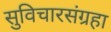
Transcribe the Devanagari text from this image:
सुविचारसंग्रहा